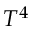
T ^ { 4 }